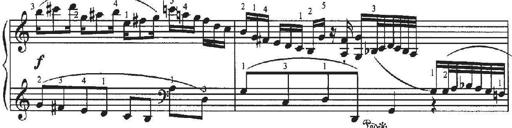
Title: Sonatina No.4 in C major
Composer: Georg Benda
Key: C major